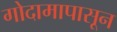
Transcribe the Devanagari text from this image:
गोदामापासून